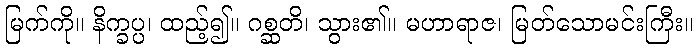
မြက်ကို။ နိက္ခပ္ပ၊ ထည့်၍။ ဂစ္ဆတိ၊ သွား၏။ မဟာရာဇ၊ မြတ်သောမင်းကြီး။